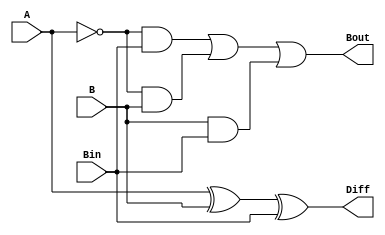
module fs(A, B, Bin, Diff, Bout);
	input A,B,Bin;
	output Diff, Bout;
	assign Diff = A^B^Bin;
	assign Bout = (~A&Bin) | (~A&B) | (B&Bin);
endmodule

module test;
	reg a,b,bin;
	wire diff,bout;
	fs gs(a,b,bin,diff,bout);
	initial begin
		$dumpfile("fullSubtractor.vcd");
		$dumpvars(0,test);
		$display("A\tB\tBin\tDiff\tBout");
		$monitor("%b\t%b\t%b\t%b\t%b",a,b,bin,diff,bout);
		#00 a=0;b=0;bin=0;
		#10 a=0;b=0;bin=1;
		#10 a=0;b=1;bin=0;
		#10 a=0;b=1;bin=1;
		#10 a=1;b=0;bin=0;
		#10 a=1;b=0;bin=1;
		#10 a=1;b=1;bin=0;
		#10 a=1;b=1;bin=1;
		#10
		$finish;
	end
endmodule